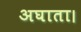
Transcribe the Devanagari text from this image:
अघाता।